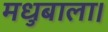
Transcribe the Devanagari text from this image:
मधुबाला।